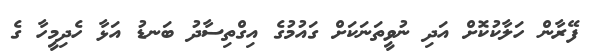
ފޭރާން ހަލާކުކޮށް އަދި ނުވީތަނަކަށް ގައުމުގެ އިގްތިސާދު ބަނޑު އަޅާ ހެދިމީހާ ގެ